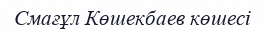
Смағұл Көшекбаев көшесі